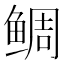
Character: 鲷